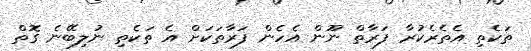
ތަކެތި އެތެރެކުރާ ފަރާތް ނޫން އެހެން ފަރާތަކަށް އެ ތަކެތި ނުލިބޭނެ ގޮތް